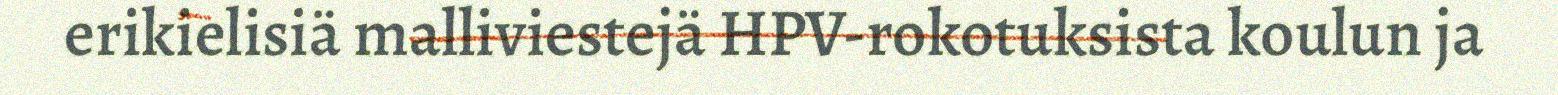
erikielisiä malliviestejä HPV-rokotuksista koulun ja